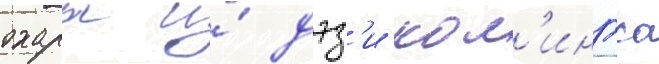
охары и́ дэз'и кол'ингса